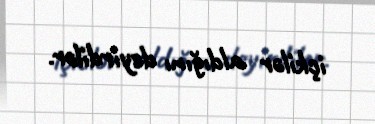
içkilər aldığını deyirdilər.